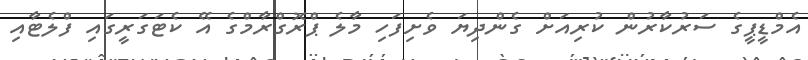
އެމްޑީޕީގެ ސަރުކާރުން ކުރިއަށް ގެންދިޔަ ވެށިފަހި މާލެ ޕްރޮގްރާމްގެ އޭ ކެޓަގަރީގައި ފްލެޓާއި